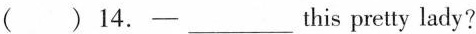
()14.-___this pretty lady?